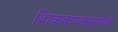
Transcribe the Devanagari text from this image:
शिकवण्यासाठीची